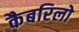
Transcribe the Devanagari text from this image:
कैबरिलो